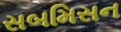
સબમિસન